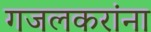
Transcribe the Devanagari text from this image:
गजलकरांना